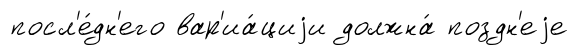
посл'е́дн'его вар'иа́циjи должна́ поздн'еjе